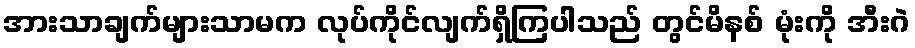
အားသာချက်များသာမက လုပ်ကိုင်လျက်ရှိကြပါသည် တွင်မိနစ် မုံးကို အီးဂဲ